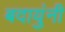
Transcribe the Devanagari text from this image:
बदायुंनी